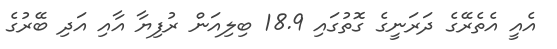
އެއީ އެތެރޭގެ ދަރަނީގެ ގޮތުގައި 18.9 ބިލިއަން ރުފިޔާ އާއި އަދި ބޭރުގެ